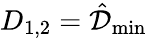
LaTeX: D_{1,2}=\hat{\mathcal{D}}_{\operatorname*{min}}